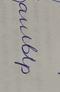
Signature authenticity: forged